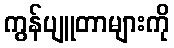
ကွန်ပျူတာများကို